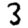
Digit: 3